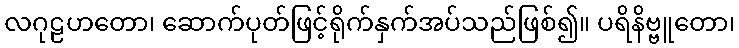
လဂုဠဟတော၊ ဆောက်ပုတ်ဖြင့်ရိုက်နှက်အပ်သည်ဖြစ်၍။ ပရိနိဗ္ဗူတော၊